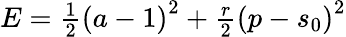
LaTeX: \begin{array}{r}{E=\frac{1}{2}\left(a-1\right)^{2}+\frac{r}{2}\left(p-s_{0}\right)^{2}}\end{array}